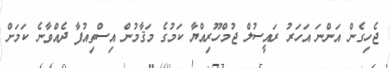
ޖެހިގެން އަންނަ އަހަރު ރައީސުލް ޖުމްހޫރިއްޔާ ކަމުގެ މަޤާމުން އިސްތިއުފާ ދެއްވާނެ ކަމަށް